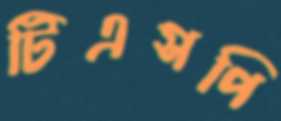
টিএসপি